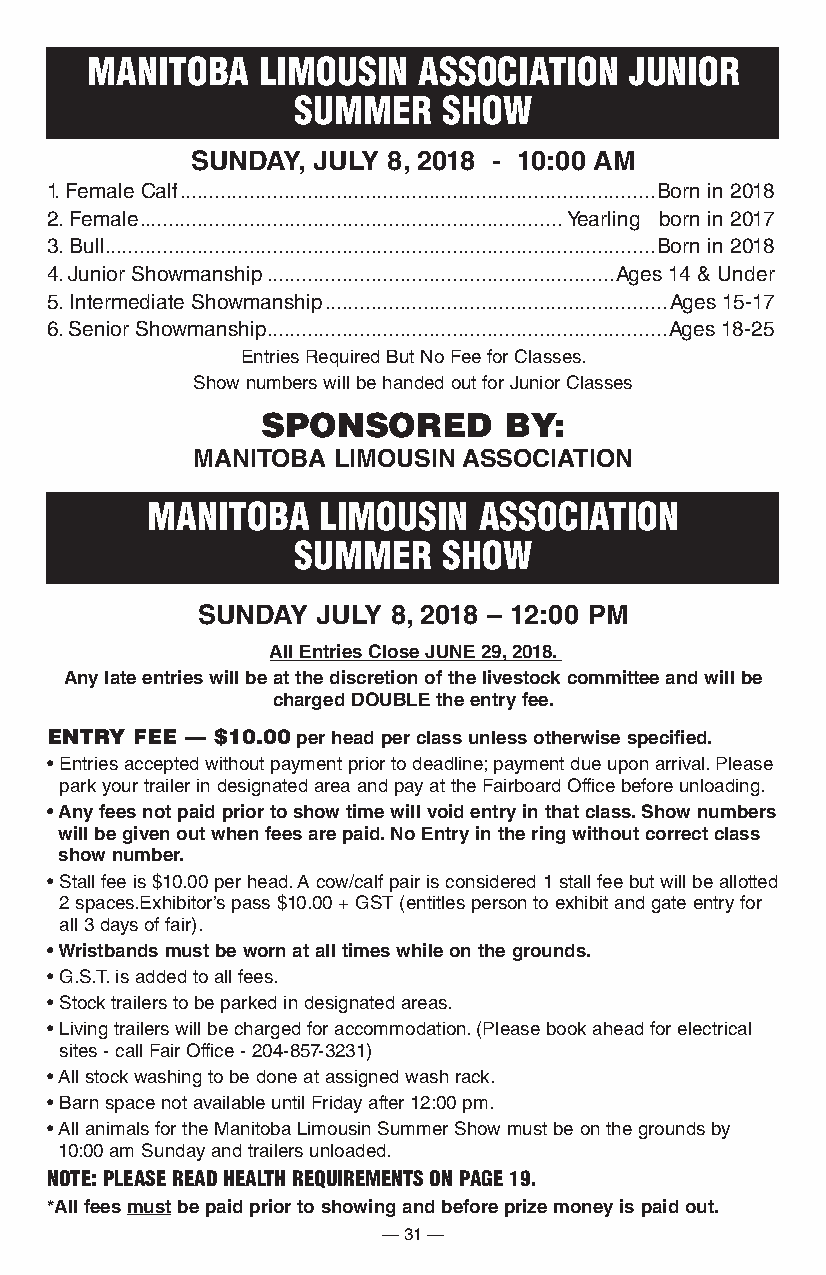
MAnitobA   LiMoUsin   AssoCiAtion   JUnioR
 sUMMeR    show
 SUnDay, JUly 8, 2018 - 10:00 aM
 1. Female Calf ..................................................................................Born in 2018
 2. Female .........................................................................Yearling born in 2017
 3. Bull ...............................................................................................Born in 2018
 4. Junior Showmanship ............................................................Ages 14 & Under
 5. Intermediate Showmanship ...........................................................Ages 15-17
 6. Senior Showmanship .....................................................................Ages 18-25
 Entries Required But No Fee for Classes.
 Show numbers will be handed out for Junior Classes
 SPOnSOREd       By:
 ManitoBa liMoUSin aSSociation
 MAnitobA   LiMoUsin   AssoCiAtion
 sUMMeR    show
 SUnDay  JUly 8, 2018 – 12:00 pM
 all entries close JUne 29, 2018.
 any late entries will be at the discretion of the livestock committee and will be
 charged DoUBle the entry fee.
 ENTRY FEE — $10.00 per head per class unless otherwise specified.
 • Entries accepted without payment prior to deadline; payment due upon arrival. Please
 park your trailer in designated area and pay at the Fairboard Office before unloading.
 • Any fees not paid prior to show time will void entry in that class. Show numbers
 will be given out when fees are paid. no entry in the ring without correct class
 show number.
 • Stall fee is $10.00 per head. A cow/calf pair is considered 1 stall fee but will be allotted
 2 spaces.Exhibitor’s pass $10.00 + GST (entitles person to exhibit and gate entry for
 all 3 days of fair).
 • Wristbands must be worn at all times while on the grounds.
 • G.S.T. is added to all fees.
 • Stock trailers to be parked in designated areas.
 • Living trailers will be charged for accommodation. (Please book ahead for electrical
 sites - call Fair Office - 204-857-3231)
 • All stock washing to be done at assigned wash rack.
 • Barn space not available until Friday after 12:00 pm.
 • All animals for the Manitoba Limousin Summer Show must be on the grounds by
 10:00 am Sunday and trailers unloaded.
 note: PLeAse ReAD heALth ReQUiReMents on PAge 19.
 *all fees must be paid prior to showing and before prize money is paid out.
 — 31 —